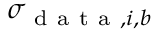
\sigma _ { \mathrm { ~ d ~ a ~ t ~ a ~ } , i , b }